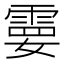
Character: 𩃩